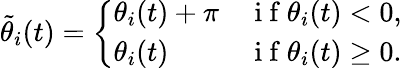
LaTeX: \tilde{\theta}_{i}(t)=\left\{ \begin{array}{ll}{\theta_{i}(t)+\pi}&{\mathrm{~i~f~}\theta_{i}(t)<0,}\\ {\theta_{i}(t)}&{\mathrm{~i~f~}\theta_{i}(t)\geq 0.}\end{array}\right.